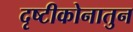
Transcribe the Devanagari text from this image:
दृष्टीकोनातुन